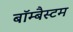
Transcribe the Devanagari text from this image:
बॉम्बैस्टम